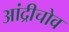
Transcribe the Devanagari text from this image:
आंद्रीचोव